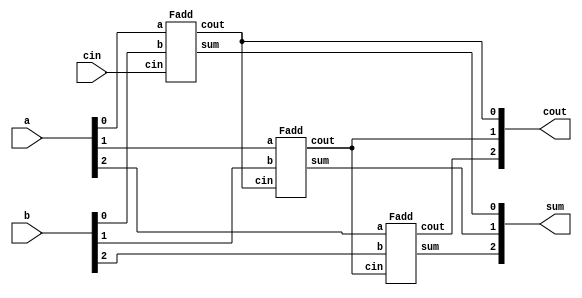
module top_module( 
    input [2:0] a, b,
    input cin,
    output [2:0] cout,
    output [2:0] sum );

Fadd u_fadd_1(
    .a(a[0]),
    .b(b[0]),
    .cin(cin),
    .sum(sum[0]),
    .cout(cout[0])
);

Fadd u_fadd_2(
    .a(a[1]),
    .b(b[1]),
    .cin(cout[0]),
    .sum(sum[1]),
    .cout(cout[1])
);

Fadd u_fadd_3(
    .a(a[2]),
    .b(b[2]),
    .cin(cout[1]),
    .sum(sum[2]),
    .cout(cout[2])
);

endmodule

module Fadd( 
    input a, b, cin,
    output cout, sum );
assign sum = a^b^cin;
assign cout = (a&b)|(a&cin)|(b&cin);
endmodule